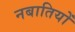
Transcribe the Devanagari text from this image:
नबातियों